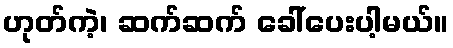
ဟုတ်ကဲ့၊ ဆက်ဆက် ခေါ်ပေးပါ့မယ်။